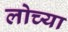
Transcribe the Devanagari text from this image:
लोच्या